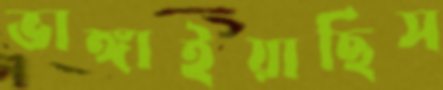
ভাঙ্গাইয়াছিস